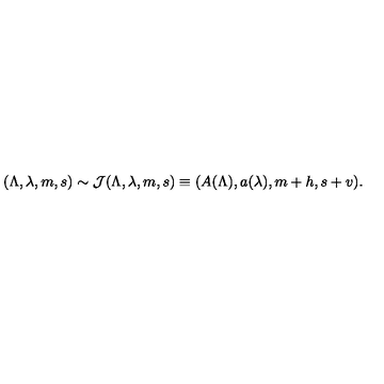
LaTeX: ( \Lambda , \lambda , m , s ) \sim { \cal J } ( \Lambda , \lambda , m , s ) \equiv ( A ( \Lambda ) , a ( \lambda ) , m + h , s + v ) .